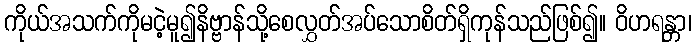
ကိုယ်အသက်ကိုမငဲ့မူ၍နိဗ္ဗာန်သို့စေလွှတ်အပ်သောစိတ်ရှိကုန်သည်ဖြစ်၍။ ဝိဟရန္တာ၊